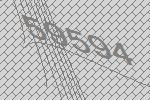
59594